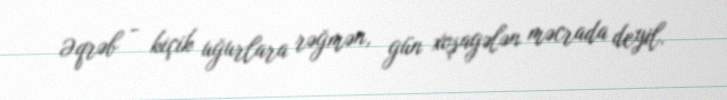
Əqrəb - kiçik uğurlara rəğmən, gün xoşagələn məcrada deyil.